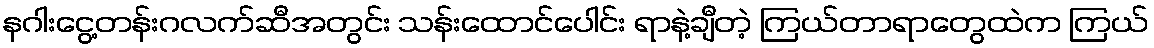
နဂါးငွေ့တန်းဂလက်ဆီအတွင်း သန်းထောင်ပေါင်း ရာနဲ့ချီတဲ့ ကြယ်တာရာတွေထဲက ကြယ်